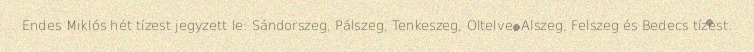
Endes Miklós hét tízest jegyzett le: Sándorszeg, Pálszeg, Tenkeszeg, Oltelve, Alszeg, Felszeg és Bedecs tízest.